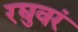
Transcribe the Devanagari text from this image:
रघुवरं